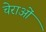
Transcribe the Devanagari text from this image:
चेराओं